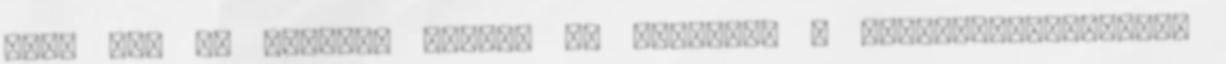
Várd meg az el?ugró menüt, és kattints a "Video-Studio-ra".